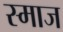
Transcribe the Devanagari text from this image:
स्माज